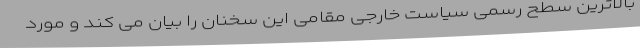
بالاترین سطح رسمی سیاست خارجی مقامی این سخنان را بیان می کند و مورد